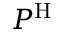
P ^ { \mathrm { H } }